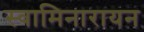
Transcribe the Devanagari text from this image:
स्वामिनारायन